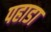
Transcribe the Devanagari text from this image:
पहाडा